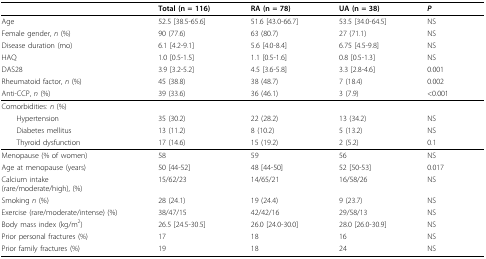
<table><thead><tr><td></td><td><b>Total (n = 116)</b></td><td><b>RA (n = 78)</b></td><td><b>UA (n = 38)</b></td><td><b><i>P</i></b></td></tr></thead><tbody><tr><td>Age</td><td>52.5 [38.5-65.6]</td><td>51.6 [43.0-66.7]</td><td>53.5 [34.0-64.5]</td><td>NS</td></tr><tr><td>Female gender, <i>n </i>(%)</td><td>90 (77.6)</td><td>63 (80.7)</td><td>27 (71.1)</td><td>NS</td></tr><tr><td>Disease duration (mo)</td><td>6.1 [4.2-9.1]</td><td>5.6 [4.0-8.4]</td><td>6.75 [4.5-9.8]</td><td>NS</td></tr><tr><td>HAQ</td><td>1.0 [0.5-1.5]</td><td>1.1 [0.5-1.6]</td><td>0.8 [0.5-1.3]</td><td>NS</td></tr><tr><td>DAS28</td><td>3.9 [3.2-5.2]</td><td>4.5 [3.6-5.8]</td><td>3.3 [2.8-4.6]</td><td>0.001</td></tr><tr><td>Rheumatoid factor, <i>n </i>(%)</td><td>45 (38.8)</td><td>38 (48.7)</td><td>7 (18.4)</td><td>0.002</td></tr><tr><td>Anti-CCP, <i>n </i>(%)</td><td>39 (33.6)</td><td>36 (46.1)</td><td>3 (7.9)</td><td>&lt;0.001</td></tr><tr><td>Comorbidities: <i>n </i>(%)</td><td></td><td></td><td></td><td></td></tr><tr><td> Hypertension</td><td>35 (30.2)</td><td>22 (28.2)</td><td>13 (34.2)</td><td>NS</td></tr><tr><td> Diabetes mellitus</td><td>13 (11.2)</td><td>8 (10.2)</td><td>5 (13.2)</td><td>NS</td></tr><tr><td> Thyroid dysfunction</td><td>17 (14.6)</td><td>15 (19.2)</td><td>2 (5.2)</td><td>0.1</td></tr><tr><td>Menopause (% of women)</td><td>58</td><td>59</td><td>56</td><td>NS</td></tr><tr><td>Age at menopause (years)</td><td>50 [44-52]</td><td>48 [44-50]</td><td>52 [50-53]</td><td>0.017</td></tr><tr><td>Calcium intake(rare/moderate/high), (%)</td><td>15/62/23</td><td>14/65/21</td><td>16/58/26</td><td>NS</td></tr><tr><td>Smoking <i>n </i>(%)</td><td>28 (24.1)</td><td>19 (24.4)</td><td>9 (23.7)</td><td>NS</td></tr><tr><td>Exercise (rare/moderate/intense) (%)</td><td>38/47/15</td><td>42/42/16</td><td>29/58/13</td><td>NS</td></tr><tr><td>Body mass index (kg/m<sup>2</sup>)</td><td>26.5 [24.5-30.5]</td><td>26.0 [24.0-30.0]</td><td>28.0 [26.0-30.9]</td><td>NS</td></tr><tr><td>Prior personal fractures (%)</td><td>17</td><td>18</td><td>16</td><td>NS</td></tr><tr><td>Prior family fractures (%)</td><td>19</td><td>18</td><td>24</td><td>NS</td></tr></tbody></table>